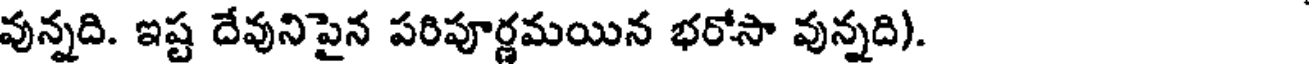
వున్నది. ఇష్ట దేవునిపైన పరిపూర్ణమయిన భరోసా వున్నది).